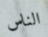
الناس